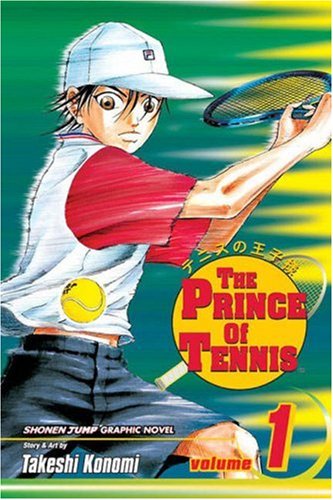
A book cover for The Prince of Tennis, Volume 1; Takeshi Konomi; Comics & Graphic Novels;